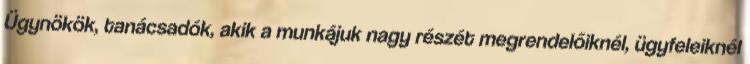
Ügynökök, tanácsadók, akik a munkájuk nagy részét megrendelőiknél, ügyfeleiknél